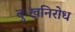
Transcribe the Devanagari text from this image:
दुःखनिरोध